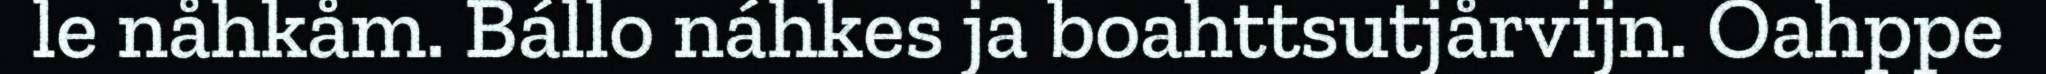
le nåhkåm. Bállo náhkes ja boahttsutjårvijn. Oahppe